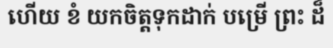
ហើយ ខំ យកចិត្តទុកដាក់ បម្រើ ព្រះ ដ៏